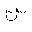
Letter: _sin